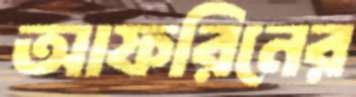
আফরিনের